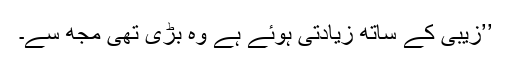
’’زیبی کے ساتھ زیادتی ہوئے ہے وہ بڑی تھی مجھ سے۔